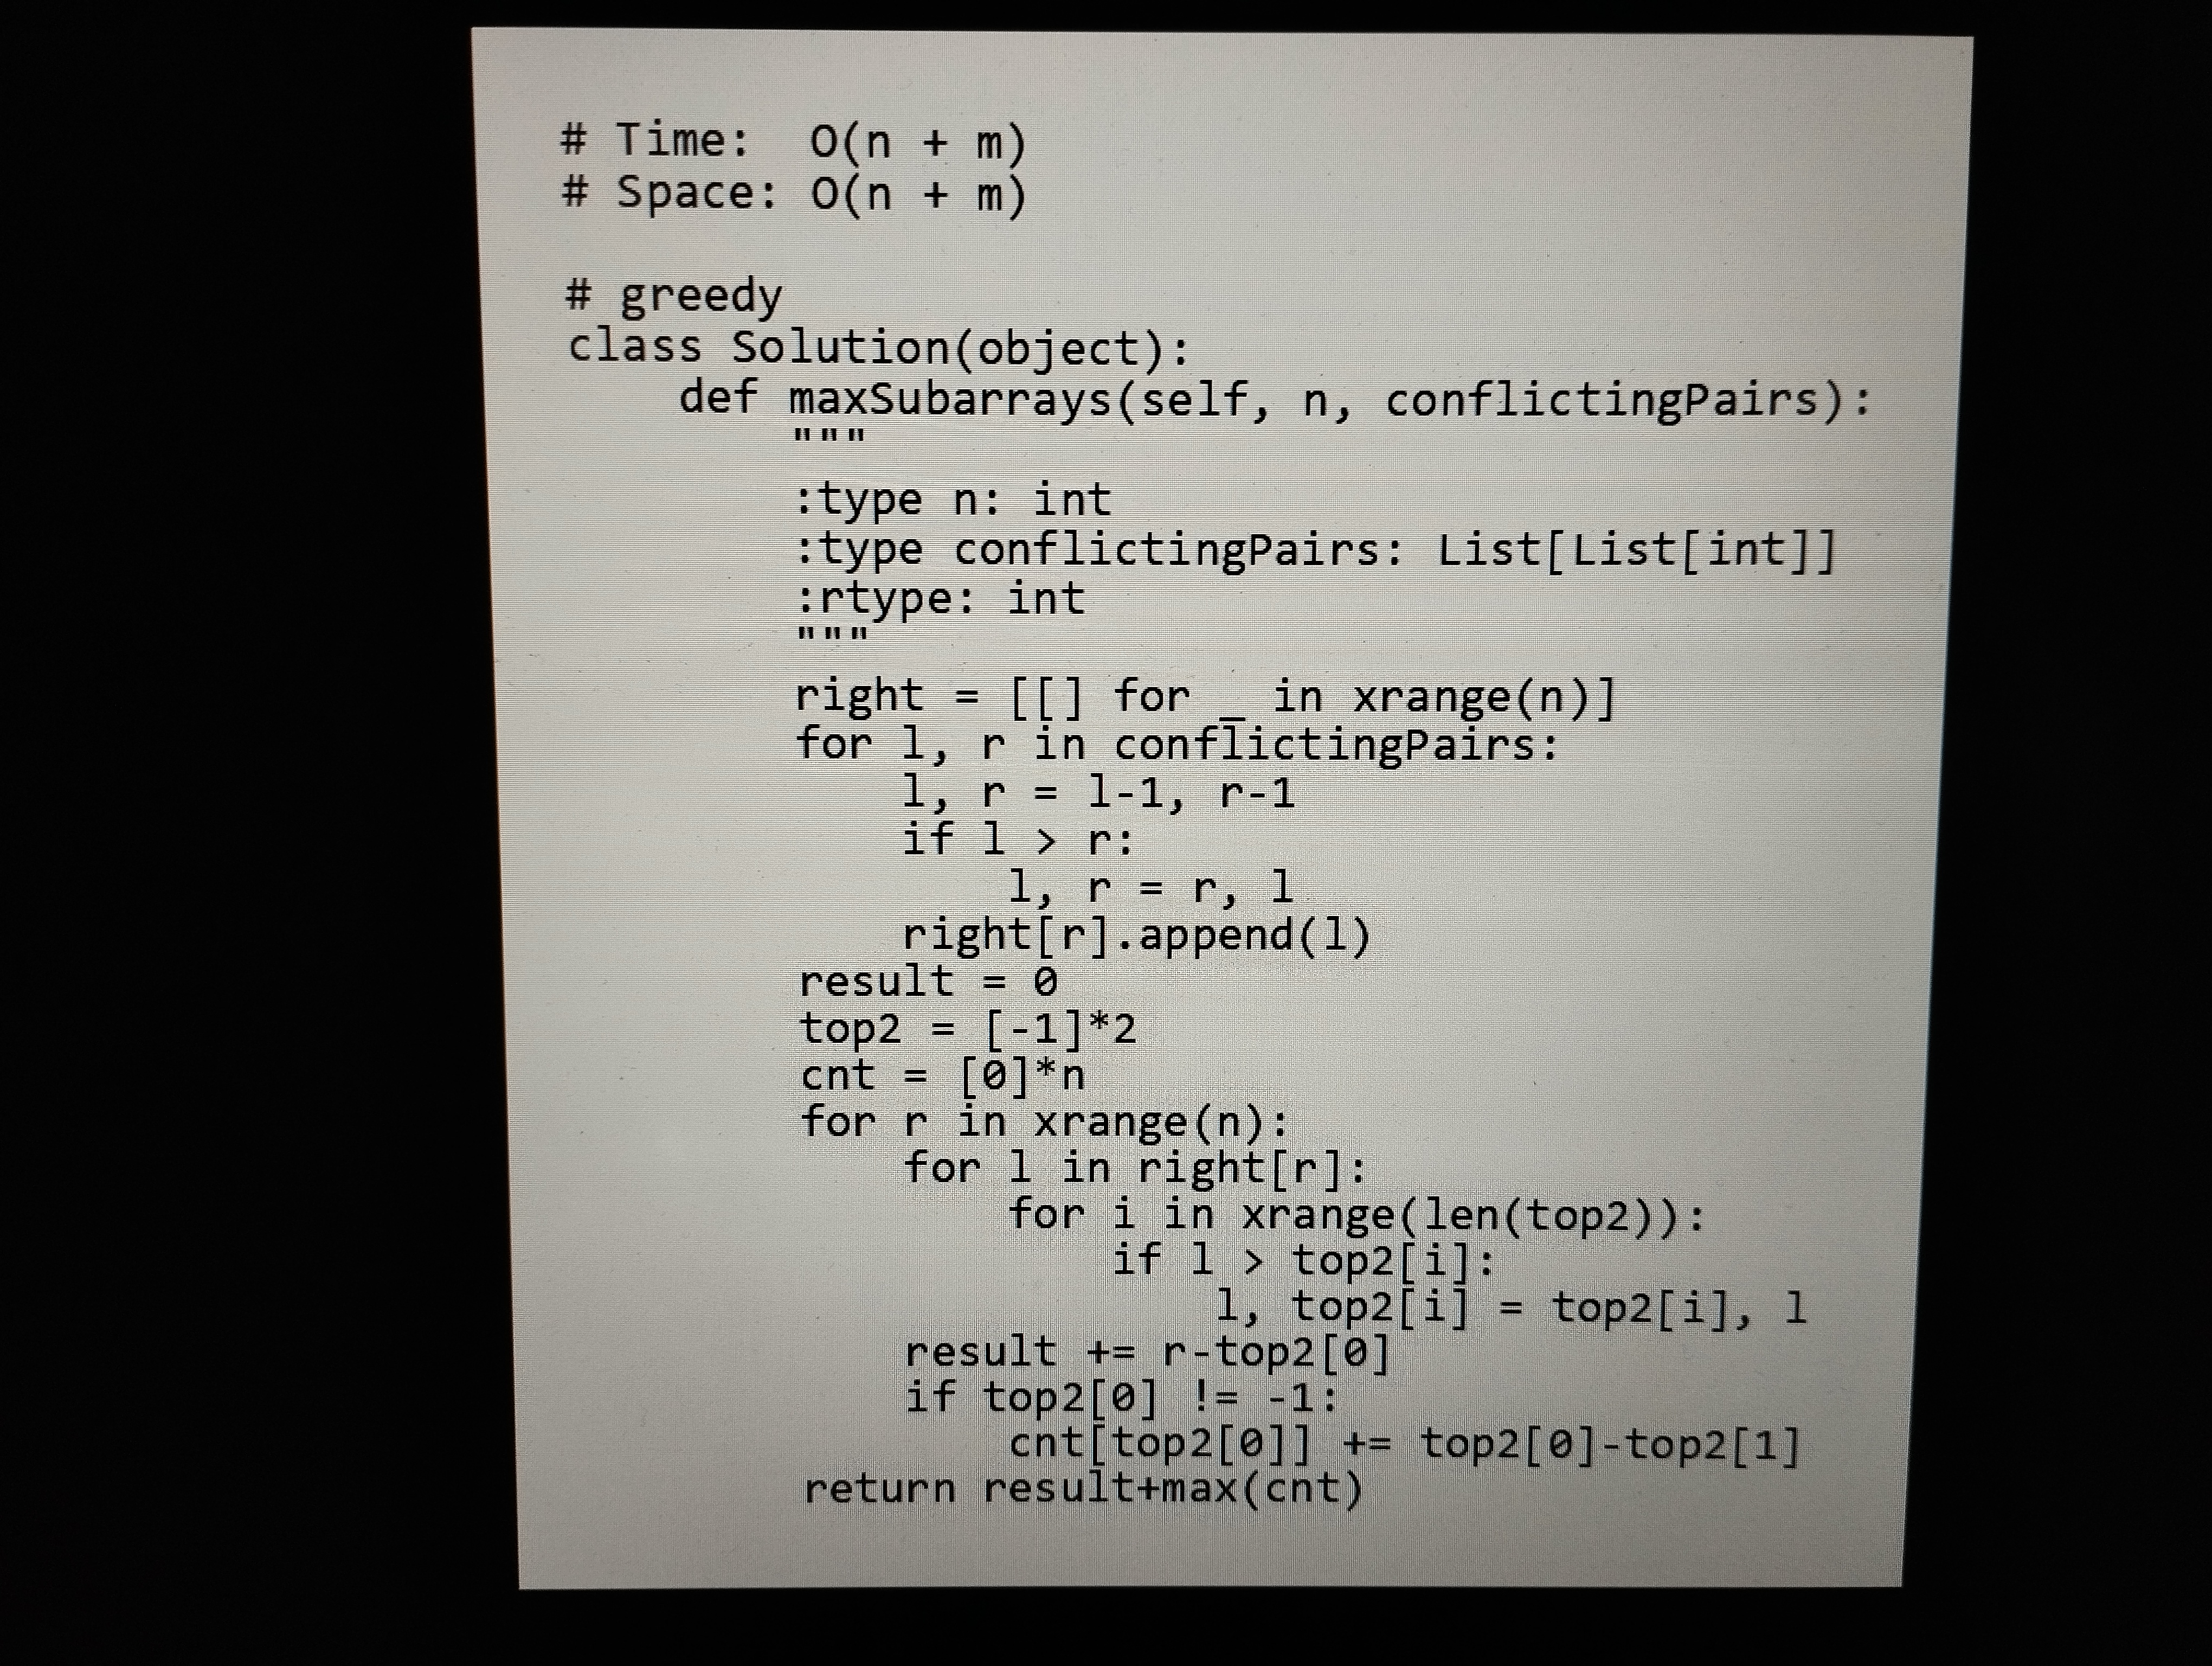
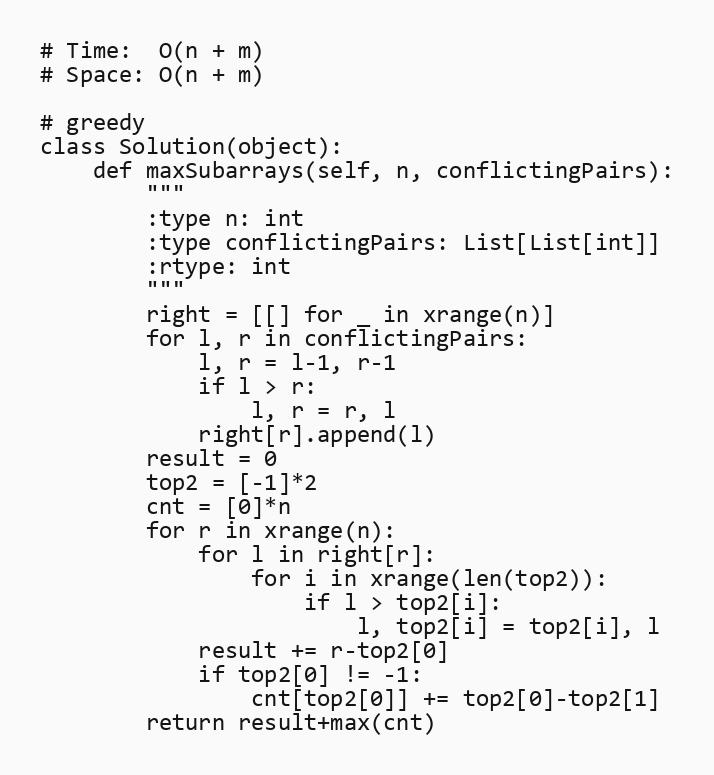
# Time:  O(n + m)
# Space: O(n + m)

# greedy
class Solution(object):
    def maxSubarrays(self, n, conflictingPairs):
        """
        :type n: int
        :type conflictingPairs: List[List[int]]
        :rtype: int
        """
        right = [[] for _ in xrange(n)]
        for l, r in conflictingPairs:
            l, r = l-1, r-1
            if l > r:
                l, r = r, l
            right[r].append(l)
        result = 0
        top2 = [-1]*2
        cnt = [0]*n
        for r in xrange(n):
            for l in right[r]:
                for i in xrange(len(top2)):
                    if l > top2[i]:
                        l, top2[i] = top2[i], l
            result += r-top2[0]
            if top2[0] != -1:
                cnt[top2[0]] += top2[0]-top2[1]
        return result+max(cnt)